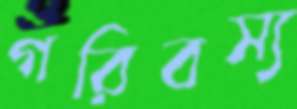
গরিবস্য